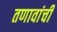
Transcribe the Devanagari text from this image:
तणावांची